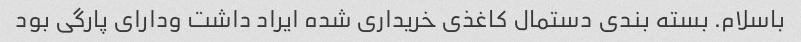
باسلام. بسته بندی دستمال کاغذی خریداری شده ایراد داشت ودارای پارگی بود